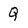
Character: Q